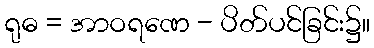
ရုဓ = အာဝရဏေ - ပိတ်ပင်ခြင်း၌။